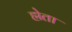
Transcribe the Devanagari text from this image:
ह्मेता